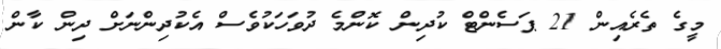
މީގެ ތެރެއިން 21 ޕަސެންޓް ކުދިން ކޮންމެ ދުވަހަކުވެސް އެކުދިންނަށް ދިން ކާން